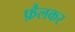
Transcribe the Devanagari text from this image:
फ़ैलकर